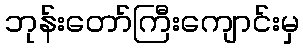
ဘုန်းတော်ကြီးကျောင်းမှ